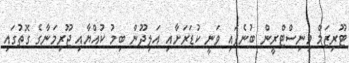
ޓޫރިޒަމް މިނިސްޓްރީން ބުނެފައި ވަނީ ކުޑަރަށާއި އަލިދޫން ބިމު ކުއްޔާއި ޖޫރިމަނާގެ ގޮތުގައި